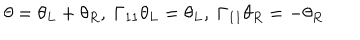
LaTeX: \theta = \theta _ { L } + \theta _ { R } , \ \Gamma _ { 1 1 } \theta _ { L } = \theta _ { L } , \ \Gamma _ { 1 1 } \theta _ { R } = - \theta _ { R }